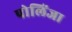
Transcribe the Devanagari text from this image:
पोलिंजा